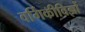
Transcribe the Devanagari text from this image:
वर्गिकीविज्ञों